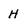
Character: H